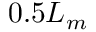
0 . 5 L _ { m }